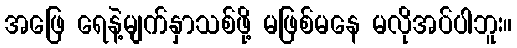
အဖြေ ရေနဲ့မျက်နှာသစ်ဖို့ မဖြစ်မနေ မလိုအပ်ပါဘူး။